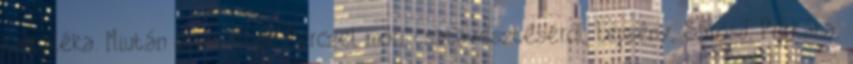
tartaléka. Miután értesülnek Perczel móri csatavesztéséről, Lepsény, Sárosd, Perkáta,